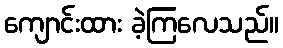
ကျောင်းထား ခဲ့ကြလေသည်။